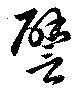
譬